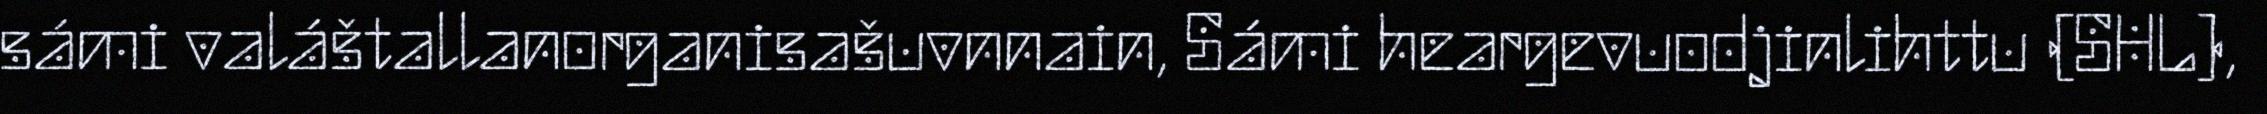
sámi valáštallanorganisašuvnnain, Sámi heargevuodjinlihttu (SHL),